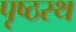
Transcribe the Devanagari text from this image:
पृष्ठस्थ